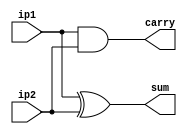
`timescale 1ns / 1ps
//////////////////////////////////////////////////////////////////////////////////

// ID     : N180116
//Branch  : ECE
//Project : RTL design using Verilog
//Design  :Half Adder using Behavioral Model
//Module  :Main Design Module
//RGUKT NUZVID 
//////////////////////////////////////////////////////////////////////////////////


module half_Adder_bl(ip1,ip2,carry,sum);
input ip1,ip2;
output reg carry,sum;

always@(ip1,ip2) begin
    sum=ip1^ip2;
    carry =ip1&ip2;
end
endmodule